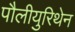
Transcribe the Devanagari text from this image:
पौलीयुरिथेन